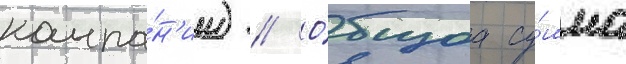
компа́н'ии) // О́бщаа су́мма